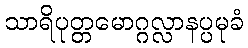
သာရိပုတ္တမောဂ္ဂလ္လာနပ္ပမုခံ